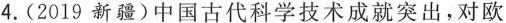
4.(2019新疆)中国古代科学技术成就突出，对欧